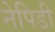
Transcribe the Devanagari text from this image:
नेपिडी